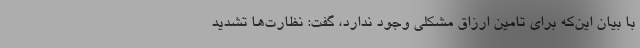
با بیان این‌که برای تامین ارزاق مشکلی وجود ندارد، گفت: نظارت‌ها تشدید